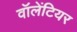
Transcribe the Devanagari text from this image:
वॉलेंटियर